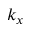
k _ { x }